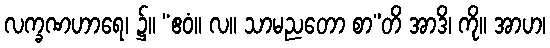
လက္ခဏဟာရေ၊ ၌။ “ဧဝံ။ လ။ သာမညတော စာ”တိ အာဒိ၊ ကို။ အာဟ၊